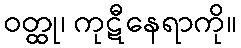
ဝတ္ထု၊ ကုဋီနေရာကို။